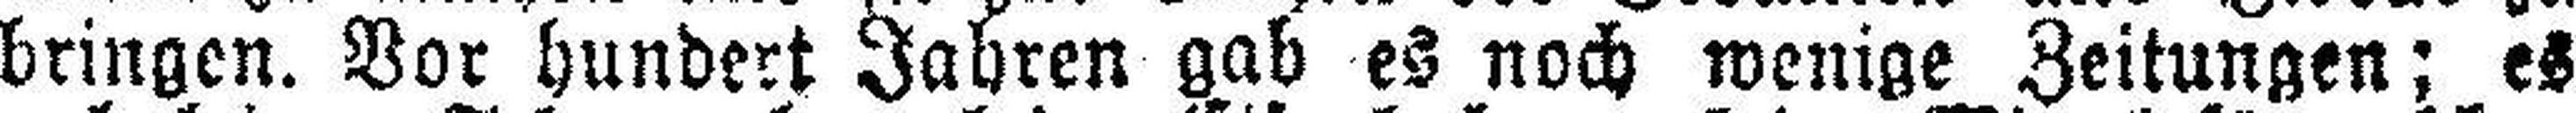
bringen. Vor hundert Jahren gab es noch wenige Zeitungen; es